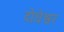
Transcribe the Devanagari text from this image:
दोधेश्वर